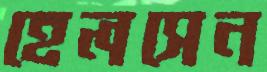
হেলসেন